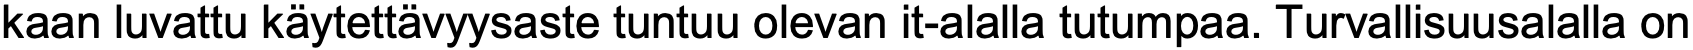
kaan luvattu käytettävyysaste tuntuu olevan it-alalla tutumpaa. Turvallisuusalalla on